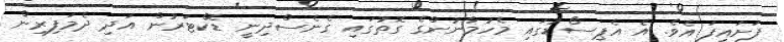
ފަށައިފަ އެވެ. އެ އެޕިސޯޑުގައި މެހުމާނުންގެ ގޮތުގައި ގެނެސްދިނީ ޑޮކްޓަރުން އަދި ދެމަފިރިން